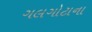
ગલગોટાના